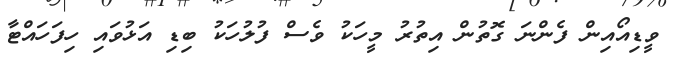
ވީޑިއޯއިން ފެންނަ ގޮތުން އިތުރު މީހަކު ވެސް ފުލުހަކު ބިޑި އަޅުވައި ހިފަހައްޓާ